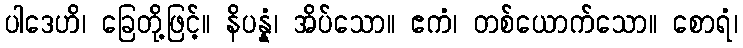
ပါဒေဟိ၊ ခြေတို့ဖြင့်။ နိပန္နံ၊ အိပ်သော။ ဧကံ၊ တစ်ယောက်သော။ စောရံ၊